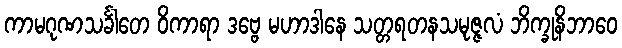
ကာမဂုဏသင်္ခါတေ ဝိကာရာ ဒဗ္ဗေ မဟာဒါနေ သတ္တရတနသမုဇ္ဇလံ ဘိက္ခုနိဘာဝေ